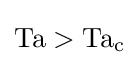
\mathrm {Ta} >\mathrm {Ta_{c}}